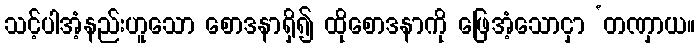
သင့်ပါအံ့နည်းဟူသော စောဒနာရှိ၍ ထိုစောဒနာကို ဖြေအံ့သောငှာ ‘တဏှာယ။